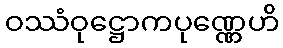
ဝဿံဝုဋ္ဌောကပုဏ္ဏေဟိ